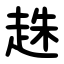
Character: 趎